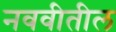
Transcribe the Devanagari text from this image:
नववीतील